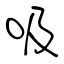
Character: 吸